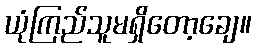
ယုံကြည်သူမရှိတော့ချေ။